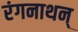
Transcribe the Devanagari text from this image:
रंगनाथन्‌